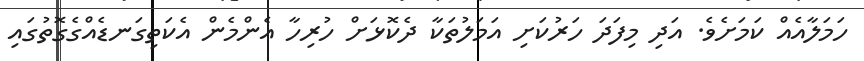
ހަމަލާއެއް ކަމަށެވެ. އަދި މިފަދަ ހަރުކަށި އަމަލުތަކާ ދެކޮޅަށް ހުރިހާ އެންމެން އެކަތިގަނޑެއްގެގޮތުގައި